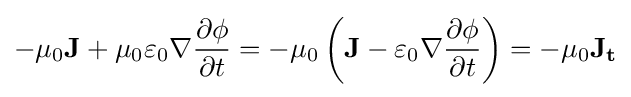
-\mu _{0}\mathbf {J} +\mu _{0}\varepsilon _{0}\nabla {\frac {\partial \phi }{\partial t}}=-\mu _{0}\left(\mathbf {J} -\varepsilon _{0}\nabla {\frac {\partial \phi }{\partial t}}\right)=-\mu _{0}\mathbf {J_{t}}